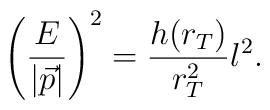
\left(\frac{E}{|\vec{p}|}\right)^2  = \frac{h(r_T)}{r_T^2} l^2.